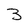
Character: 3